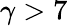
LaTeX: \gamma>7